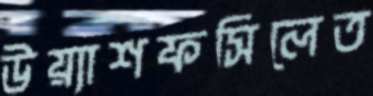
উয়্যাশফসিলেত